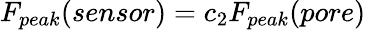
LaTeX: F_{peak}(sensor)=c_{2}F_{peak}(pore)